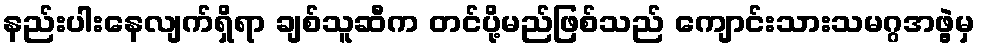
နည်းပါးနေလျက်ရှိရာ ချစ်သူဆီက တင်ပို့မည်ဖြစ်သည် ကျောင်းသားသမဂ္ဂအဖွဲ့မှ